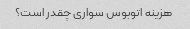
هزینه اتوبوس سواری چقدر است؟